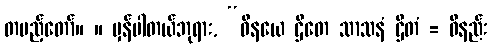
တပည့်တော်။ ။ မှန်ပါတယ်ဘုရား, “ဝိနယေ ဌိတေ သာသနံ ဌိတံ = ဝိနည်း